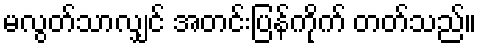
မလွတ်သာလျှင် အတင်းပြန်ကိုက် တတ်သည်။